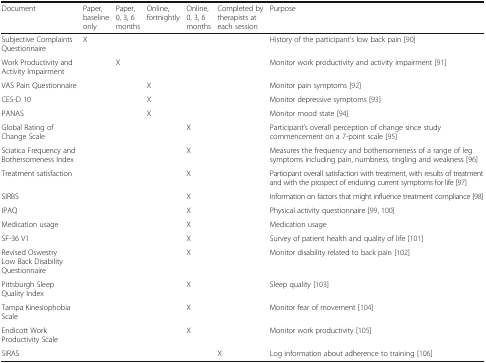
| Document | Paper, baseline only | Paper, 0, 3, 6 months | Online, fortnightly | Online, 0, 3, 6 months | Completed by therapists at each session | Purpose |
 | --- | --- | --- | --- | --- | --- | --- |
 | Subjective Complaints Questionnaire | X |  |  |  |  | History of the participant’s low back pain [90] |
 | Work Productivity and Activity Impairment |  | X |  |  |  | Monitor work productivity and activity impairment [91] |
 | VAS Pain Questionnaire |  |  | X |  |  | Monitor pain symptoms [92] |
 | CES-D 10 |  |  | X |  |  | Monitor depressive symptoms [93] |
 | PANAS |  |  | X |  |  | Monitor mood state [94] |
 | Global Rating of Change Scale |  |  |  | X |  | Participant’s overall perception of change since study commencement on a 7-point scale [95] |
 | Sciatica Frequency and Bothersomeness Index |  |  |  | X |  | Measures the frequency and bothersomeness of a range of leg symptoms including pain, numbness, tingling and weakness [96] |
 | Treatment satisfaction |  |  |  | X |  | Participant overall satisfaction with treatment, with results of treatment and with the prospect of enduring current symptoms for life [97] |
 | SIRBS |  |  |  | X |  | Information on factors that might influence treatment compliance [98] |
 | IPAQ |  |  |  | X |  | Physical activity questionnaire [99, 100] |
 | Medication usage |  |  |  | X |  | Medication usage |
 | SF-36 V1 |  |  |  | X |  | Survey of patient health and quality of life [101] |
 | Revised Oswestry Low Back Disability Questionnaire |  |  |  | X |  | Monitor disability related to back pain [102] |
 | Pittsburgh Sleep Quality Index |  |  |  | X |  | Sleep quality [103] |
 | Tampa Kinesiophobia Scale |  |  |  | X |  | Monitor fear of movement [104] |
 | Endicott Work Productivity Scale |  |  |  | X |  | Monitor work productivity [105] |
 | SIRAS |  |  |  |  | X | Log information about adherence to training [106] |